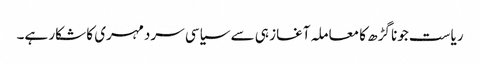
ریاست جونا گڑھ کا معاملہ آغاز ہی سے سیاسی سردمہری کا شکار ہے۔